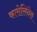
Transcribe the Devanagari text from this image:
कारोलिनेस